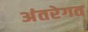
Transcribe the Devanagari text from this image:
अंतरेगत